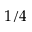
1 / 4